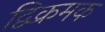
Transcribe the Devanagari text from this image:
द्विक्रमक